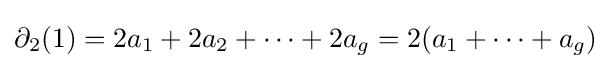
\partial _{2}(1)=2a_{1}+2a_{2}+\dotsm +2a_{g}=2(a_{1}+\dotsm +a_{g})